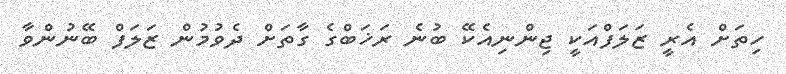
ހިތަށް އެރީ ޒަލަފްއަކީ ޖިންނިއެކޭ ބުނެ ރަޚަބްގެ ގާތަށް ދެވުމުން ޒަލަފް ބޭނުންވާ